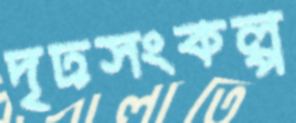
দৃঢ়সংকল্প